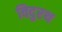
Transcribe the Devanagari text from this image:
विदुरथ